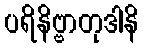
ပရိနိဗ္ဗာတုဒါနိ